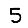
Digit: 5